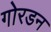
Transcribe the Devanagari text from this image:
गोरडन